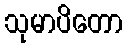
သုမာပိတော